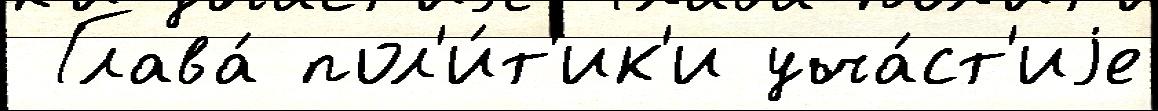
 Глава́ пол'и́т'ик'и уча́ст'иjе